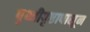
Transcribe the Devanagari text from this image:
पृथ्वीपृष्ठापासून